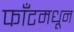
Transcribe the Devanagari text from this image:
फाँटमधून